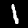
Label: 1